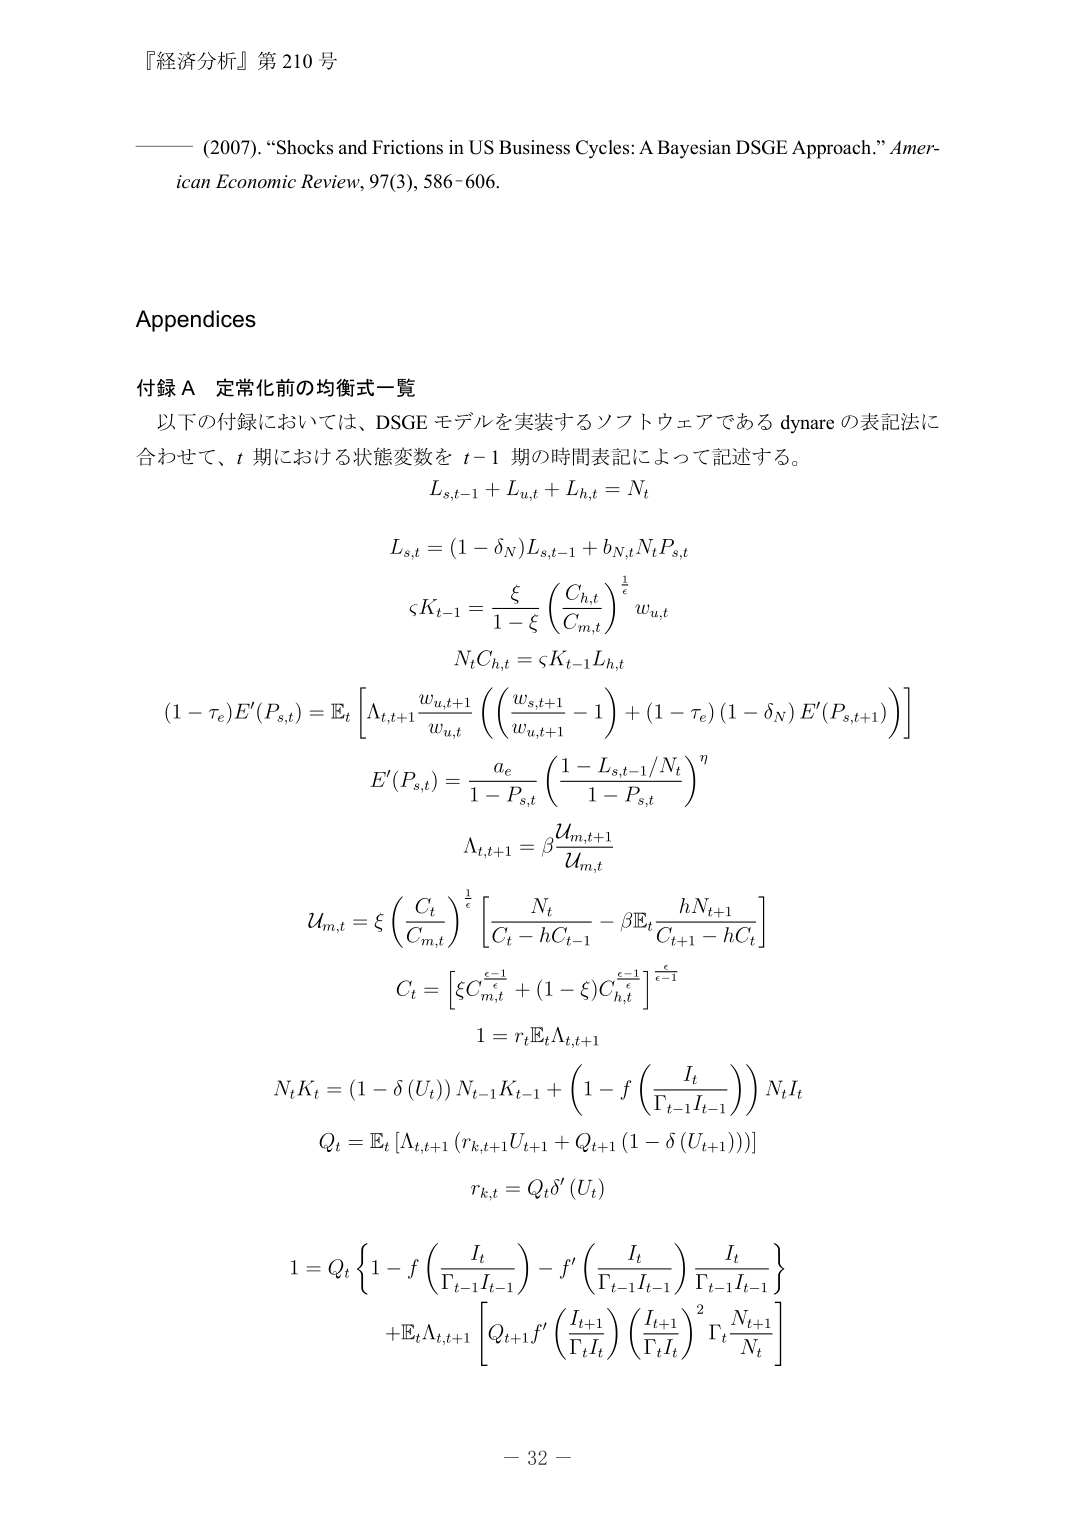
『経済分析』第 210 号

—— (2007). “Shocks and Frictions in US Business Cycles: A Bayesian DSGE Approach.” American Economic Review, 97(3), 586–606.

Appendices

付録 A 定常化前の均衡式一覧

以下の付録においては、DSGE モデルを実装するソフトウェアである dynare の表記法に合わせて、t 期における状態変数を t−1 期の時間表記によって記述する。

L_{s,t-1} + L_{u,t} + L_{h,t} = N_t

L_{s,t} = (1 - \delta_N) L_{s,t-1} + b_{N,t} N_t P_{s,t}

\varsigma K_{t-1} = \frac{\xi}{1 - \xi} \left( \frac{C_{h,t}}{C_{m,t}} \right)^{\frac{1}{\varepsilon}} w_{u,t}

N_t C_{h,t} = \varsigma K_{t-1} L_{h,t}

(1 - \tau_e) E'(P_{s,t}) = \mathbb{E}_t \left[ \Lambda_{t,t+1} \frac{w_{u,t+1}}{w_{u,t}} \left( \left( \frac{w_{s,t+1}}{w_{u,t+1}} - 1 \right) + (1 - \tau_e) (1 - \delta_N) E'(P_{s,t+1}) \right) \right]

E'(P_{s,t}) = \frac{a_e}{1 - P_{s,t}} \left( \frac{1 - L_{s,t-1}/N_t}{1 - P_{s,t}} \right)^\eta

\Lambda_{t,t+1} = \beta \frac{\mathcal{U}_{m,t+1}}{\mathcal{U}_{m,t}}

\mathcal{U}_{m,t} = \xi \left( \frac{C_t}{C_{m,t}} \right)^{\frac{1}{\varepsilon}} \left[ \frac{N_t}{C_t - h C_{t-1}} - \beta \mathbb{E}_t \frac{h N_{t+1}}{C_{t+1} - h C_t} \right]

C_t = \left[ \xi C_{m,t}^{\frac{\varepsilon-1}{\varepsilon}} + (1 - \xi) C_{h,t}^{\frac{\varepsilon-1}{\varepsilon}} \right]^{\frac{\varepsilon}{\varepsilon-1}}

1 = r_t \mathbb{E}_t \Lambda_{t,t+1}

N_t K_t = (1 - \delta(U_t)) N_{t-1} K_{t-1} + \left( 1 - f \left( \frac{I_t}{\Gamma_{t-1} I_{t-1}} \right) \right) N_t I_t

Q_t = \mathbb{E}_t \left[ \Lambda_{t,t+1} (r_{k,t+1} U_{t+1} + Q_{t+1} (1 - \delta(U_{t+1}))) \right]

r_{k,t} = Q_t \delta'(U_t)

1 = Q_t \left\{ 1 - f \left( \frac{I_t}{\Gamma_{t-1} I_{t-1}} \right) - f' \left( \frac{I_t}{\Gamma_{t-1} I_{t-1}} \right) \frac{I_t}{\Gamma_{t-1} I_{t-1}} \right\} + \mathbb{E}_t \Lambda_{t,t+1} \left[ Q_{t+1} f' \left( \frac{I_{t+1}}{\Gamma_t I_t} \right) \left( \frac{I_{t+1}}{\Gamma_t I_t} \right)^2 \Gamma_t \frac{N_{t+1}}{N_t} \right]

− 32 −